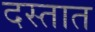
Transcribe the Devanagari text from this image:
दस्तात